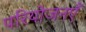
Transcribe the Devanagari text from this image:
परियोजनएँ